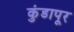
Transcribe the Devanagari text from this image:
कुंडापूर